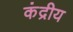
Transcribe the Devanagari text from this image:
कंद्रीय